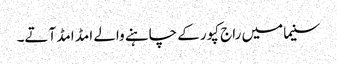
سنیما میں راج کپور کے چاہنے والے امڈ امڈ آتے۔